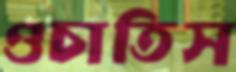
ওচাতিস